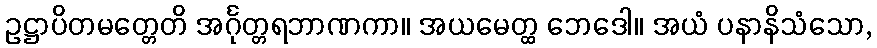
ဥဋ္ဌာပိတမတ္တေတိ အင်္ဂုတ္တရဘာဏကာ။ အယမေတ္ထ ဘေဒေါ။ အယံ ပနာနိသံသော,